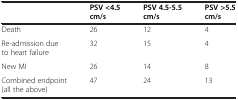
<table><thead><tr><td><b> </b></td><td><b>PSV &lt;4.5 cm/s</b></td><td><b>PSV 4.5-5.5 cm/s</b></td><td><b>PSV &gt;5.5 cm/s</b></td></tr></thead><tbody><tr><td>Death</td><td>26</td><td>12</td><td>4</td></tr><tr><td>Re-admission due to heart failure</td><td>32</td><td>15</td><td>4</td></tr><tr><td>New MI</td><td>26</td><td>14</td><td>8</td></tr><tr><td>Combined endpoint (all the above)</td><td>47</td><td>24</td><td>13</td></tr></tbody></table>